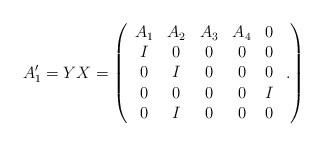
\begin{align*}A'_1= YX =\left(\begin{array}{ccccc}A_1 & A_2 &A_3 & A_4 & 0 \\I & 0 &0 & 0 & 0 \\0 & I &0 & 0 & 0 \\0 & 0 & 0 & 0 & I \\0 & I & 0 & 0 & 0\end{array} \ .\right)\end{align*}